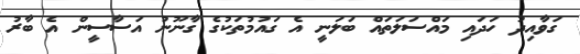
ގަވާއިދު ހަދައި މައްސަލަތައް ބަލަނީ އެ ގައުމުތަކުގެ ގާނޫނު އަސާސީން އެ ބާރު